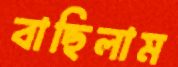
বাছিলাম